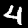
Label: 4